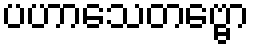
ပဟာသေတဗ္ဗော